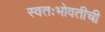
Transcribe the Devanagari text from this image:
स्वतःभोवतीची